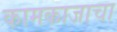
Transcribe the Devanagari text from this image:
कामकाजाचा